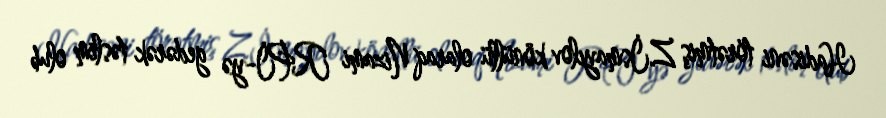
Hadisəni törətmiş Z.İsmayılov könüllü olaraq Nizami RPİ-yə gedərək təslim olub